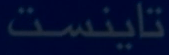
تایینست